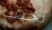
لجذب